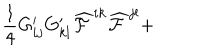
\frac { 1 } { 4 } G _ { i j } ^ { \prime } G _ { k l } ^ { \prime } { \cal \widehat { F } } ^ { i k } { \cal \widehat { F } } ^ { j l } +